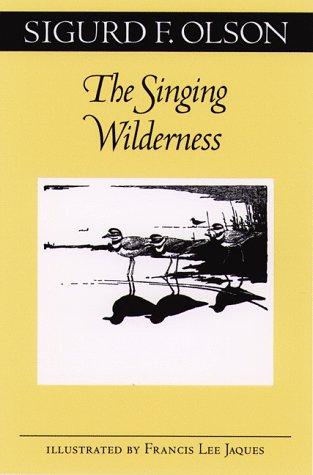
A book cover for The Singing Wilderness (Fesler-Lampert Minnesota Heritage); Sigurd F. Olson; Science & Math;